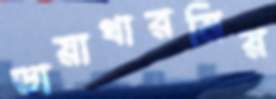
ডায়াথারমির